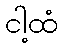
ငါ့ထံ